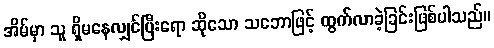
အိမ်မှာ သူ ရှိမနေလျှင်ပြီးရော ဆိုသော သဘောဖြင့် ထွက်လာခဲ့ခြင်းဖြစ်ပါသည်။